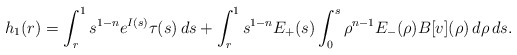
\begin{align*}h_1(r)=\int_r^1 s^{1-n}e^{I(s)}\tau(s)\,ds+\int_r^1 s^{1-n}E_+(s)\int_0^s\rho^{n-1}E_-(\rho)B[v](\rho)\,d\rho\,ds.\end{align*}